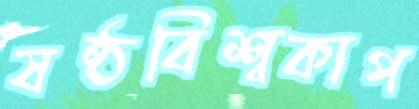
ষষ্ঠবিশ্বকাপ